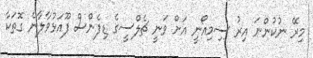
މިރޭ ނުކުންނަ އިރު ސިމިއޯނީ އަށް ވަނީ ޗެލްސީގެ ޑިފެންސް ފޫއަޅުވާލާނެ ގޮތަކާ